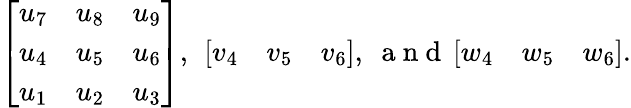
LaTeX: \left[\begin{array}{lll}{u_{7}}&{u_{8}}&{u_{9}}\\ {u_{4}}&{u_{5}}&{u_{6}}\\ {u_{1}}&{u_{2}}&{u_{3}}\end{array}\right],~\left[\begin{array}{lll}{v_{4}}&{v_{5}}&{v_{6}}\end{array}\right],~\mathrm{~a~n~d~}\left[\begin{array}{lll}{w_{4}}&{w_{5}}&{w_{6}}\end{array}\right].